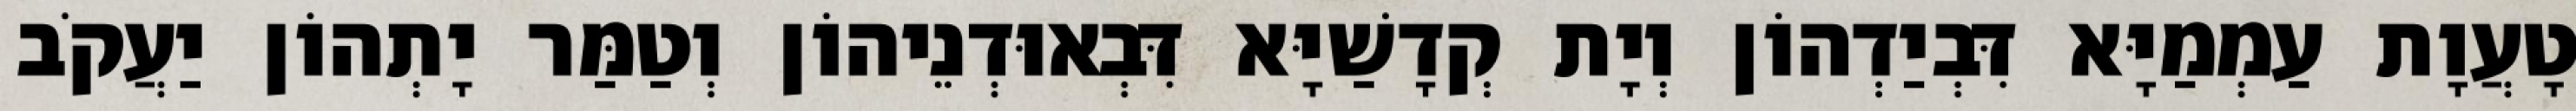
טָעֲוָת עַמְמַיָּא דִּבְיַדְהוֹן וְיָת קְדָשַׁיָּא דִּבְאוּדְנֵיהוֹן וְטַמַּר יָתְהוֹן יַעֲקֹב